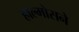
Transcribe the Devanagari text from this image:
हाल्मोसने